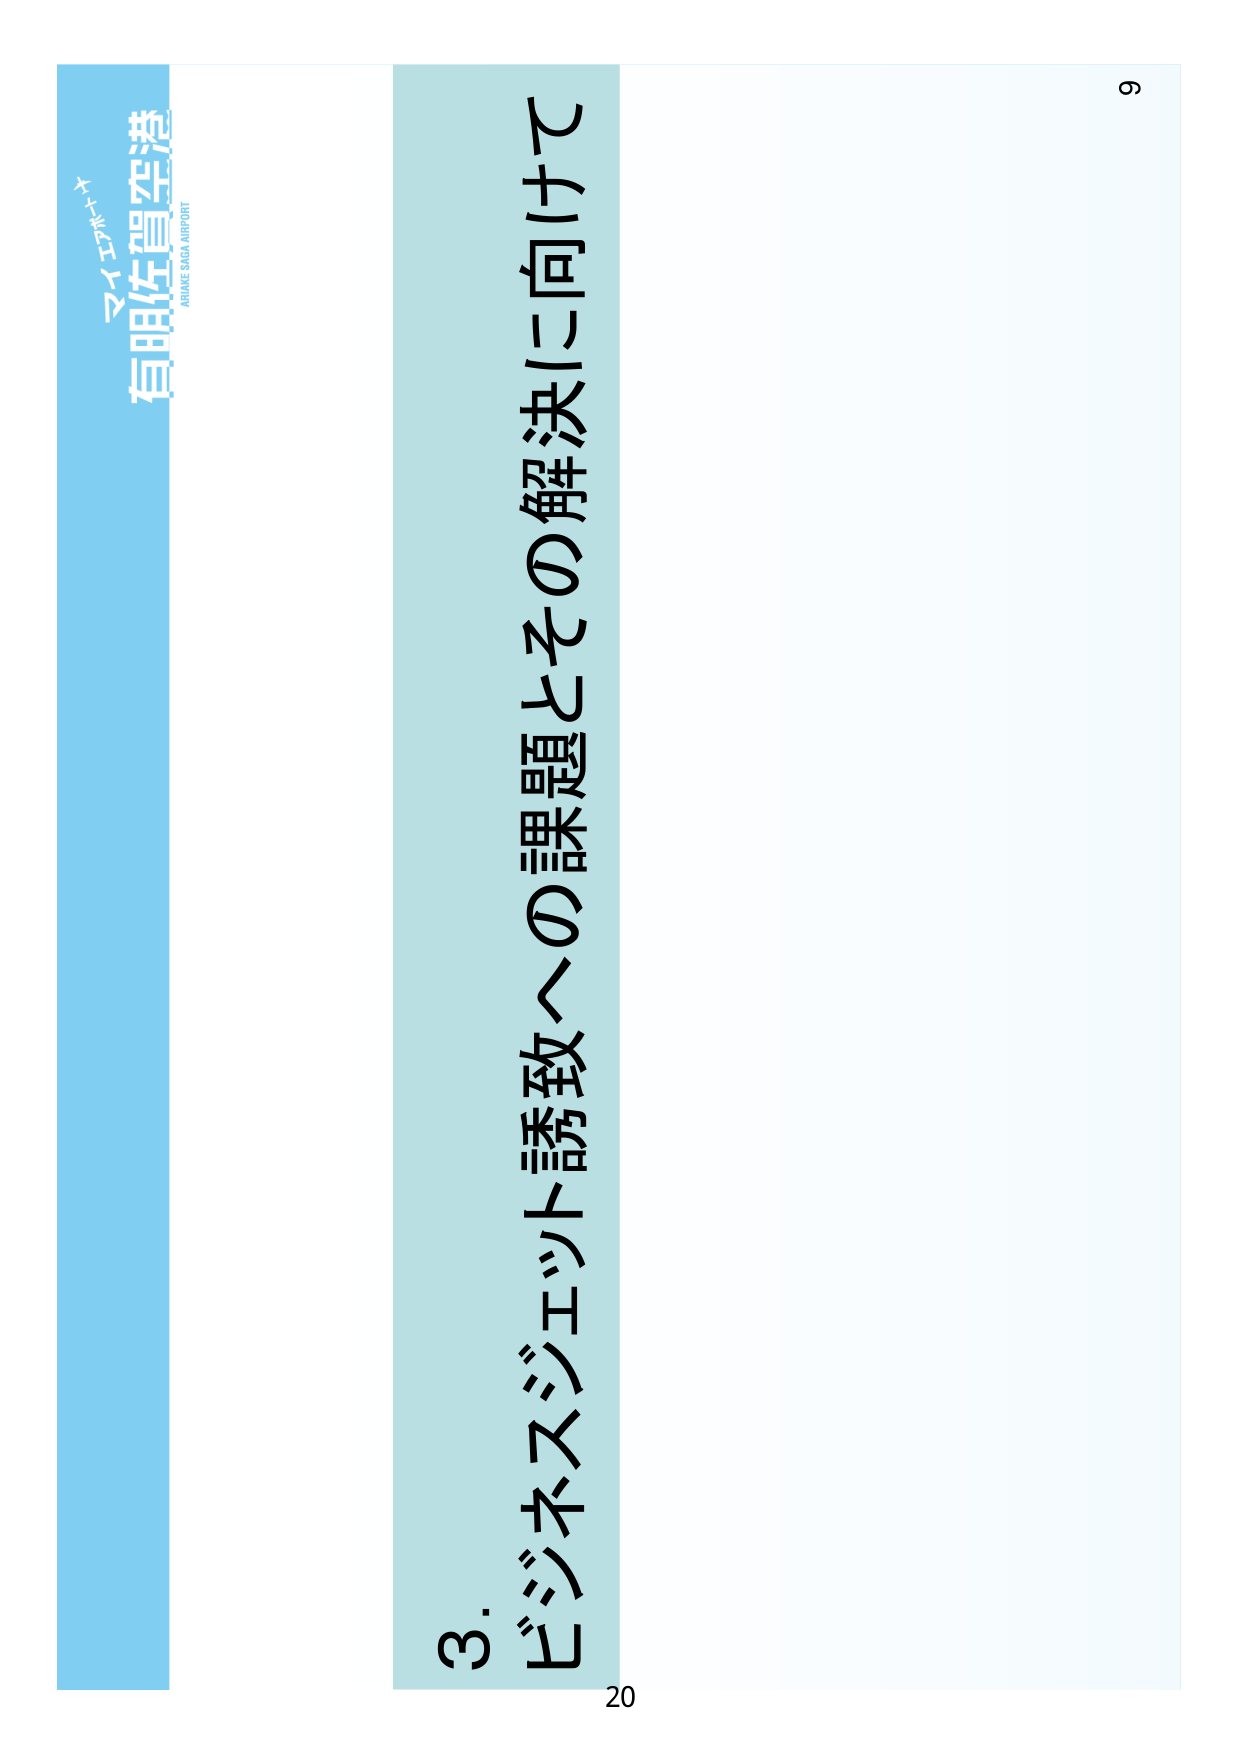
マイナビ
有明佐賀空港
ARUAKI SAGA AIRPORT
3. ビジネスジェット誘致への課題とその解決に向けて
20
6